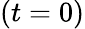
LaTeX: (t=0)